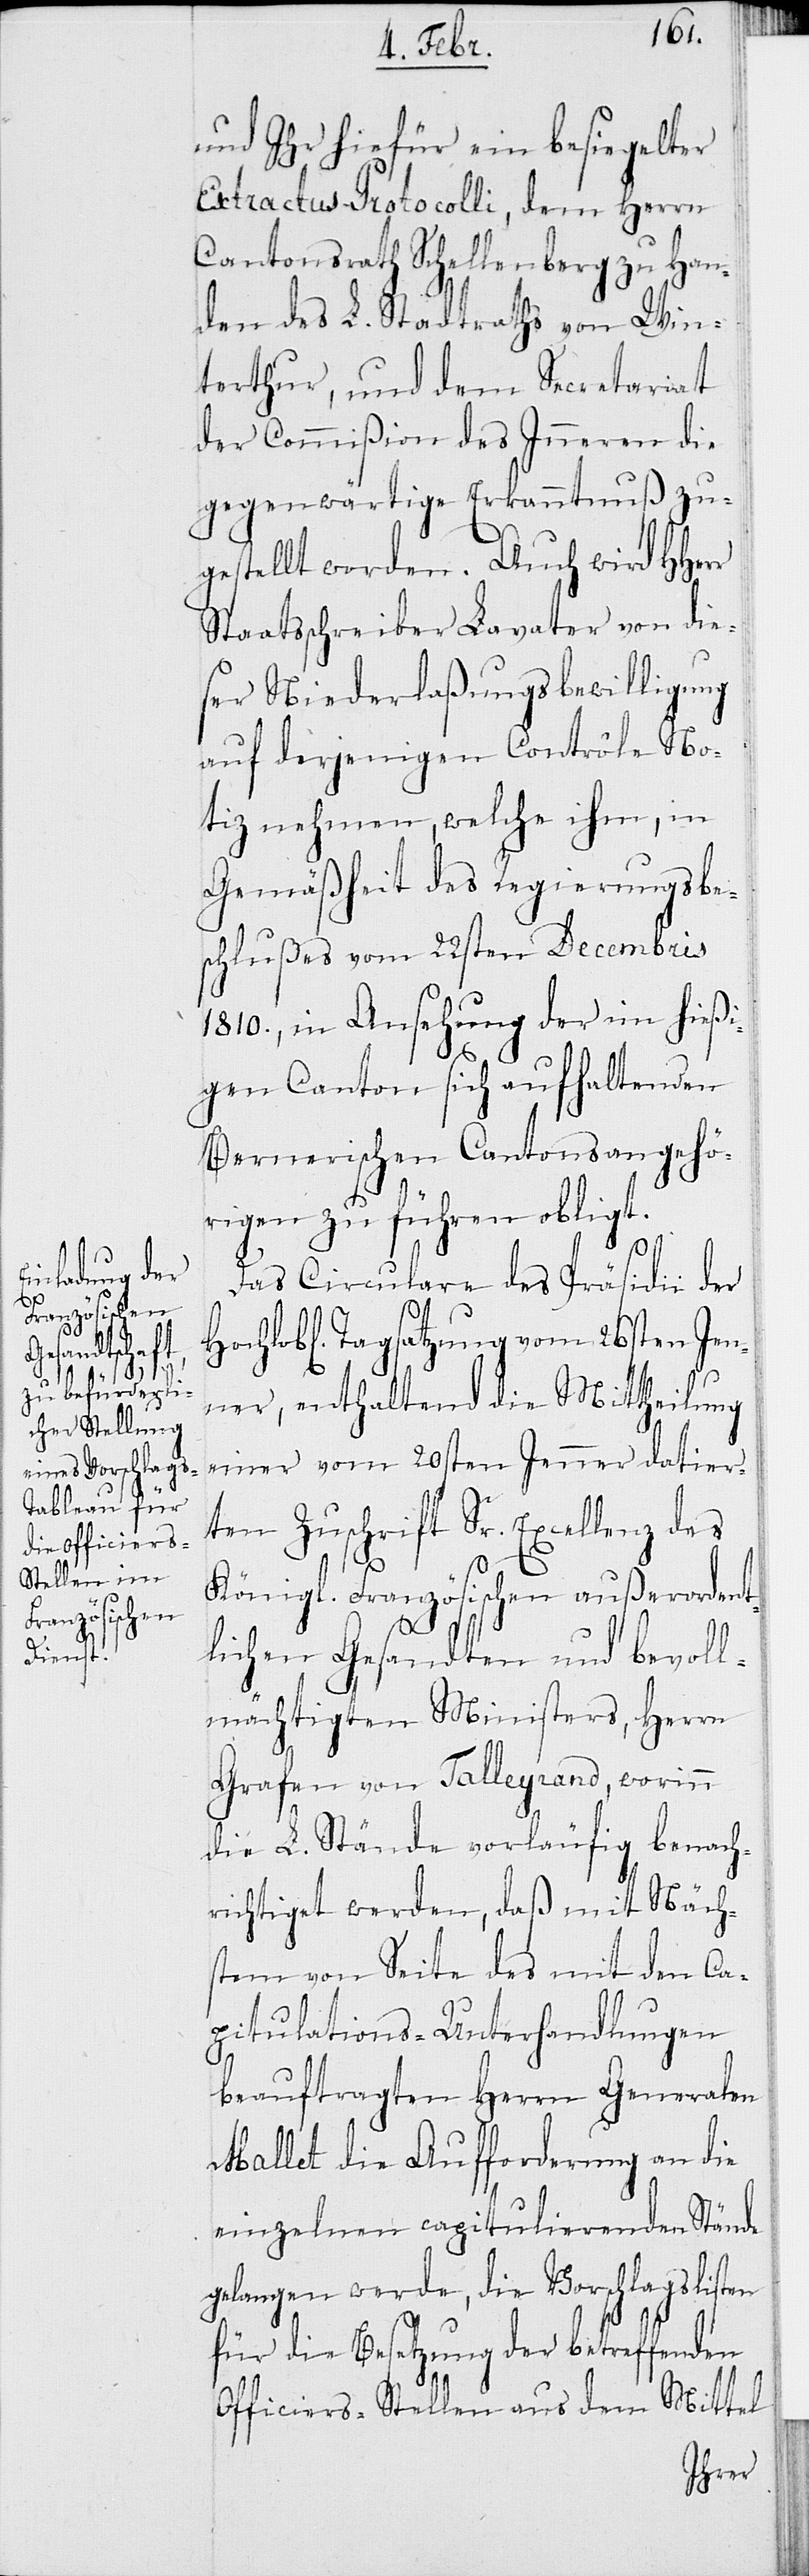
und Ihr hiefür ein besiegelter
Extractus Protocolli, dem Herrn
Cantonsrath Schellenberg zu Han¬
den des L. Stadtraths von Win¬
terthur, und dem Secretariat
der Commißion des Inneren die
gegenwärtige Erkanntnuß zu¬
gestellt worden. Auch wird HHerr
Staatsschreiber Lavater von die¬
ser Niederlaßungsbewilligung
auf derjenigen Contrôle No¬
tiz nehmen, welche ihm, in
Gemäßheit des Regierungsbe¬
schlußes vom 22sten Decembris
1810., in Ansehung der im hießi¬
gen Canton sich aufhaltenden
Bernerischen Cantonsangehö¬
rigen zu führen obligt.
lob¬
Das Circulare des Präsidii der
l[ichen] Tagsatzung vom 26sten Jen¬
ner, enthaltend die Mittheilung
einer vom 20sten Jenner datier¬
ten Zuschrift Sr. Excellenz des
Königl. Französischen außerordent¬
lichen Gesandten und bevoll¬
mächtigten Ministers, Herrn
Grafen von Talleyrand, worinn
die L. Stände vorläufig benach¬
richtiget werden, daß mit Näch¬
stem von Seite des mit den Ca¬
pitulations-Unterhandlungen
beauftragten Herrn Generalen
Mallet die Aufforderung an die
einzelnen capitulierenden Stände
gelangen werde, die Vorschlagslisten
für die Besetzung der betreffenden
Officiers-Stellen aus dem Mittel